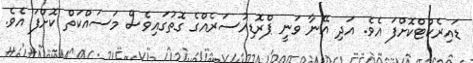
ޑައިރެކްޓްކޮށްފަ އެވެ. އަދި އޭނާ ވަނީ ޕްރޮޑިއުސަރެއްގެ ގޮތުގައިވެސް މަސައްކަތް ކޮށްފަ އެވެ.